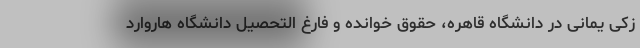
زکی یمانی در دانشگاه قاهره، حقوق خوانده و فارغ التحصیل دانشگاه هاروارد